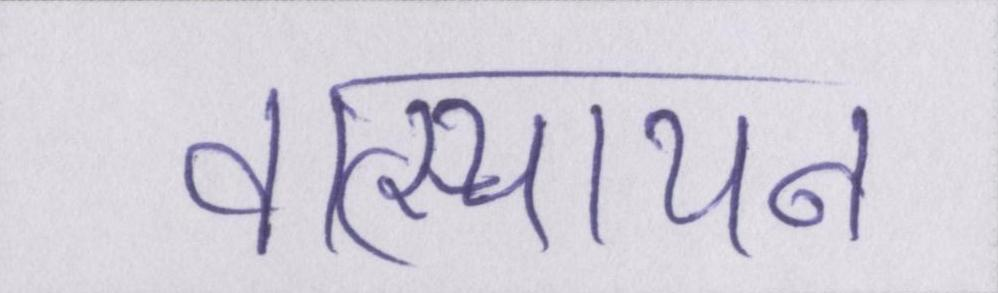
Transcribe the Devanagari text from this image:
वात्स्यायन